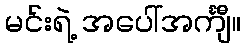
မင်းရဲ့ အပေါ်အင်္ကျီ။